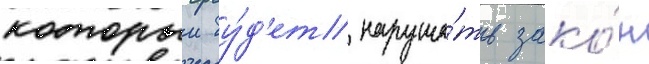
которыи бу́д'ет наруша́ть зако́н